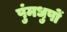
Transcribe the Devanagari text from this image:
पुंमधुपों